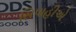
સિપાહીએ